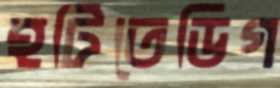
হটিতেডিগ